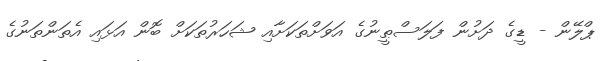
ޕްލޭން - ޑީގެ ދަށުން ފަލަސްޠީނުގެ އަވަށްތަކަށާއި ޝަހަރުތަކަށް ބޮން އަޅައި އެތަންތަނުގެ